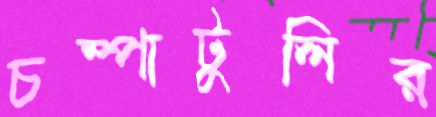
চম্পাটুলির